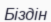
Біздін